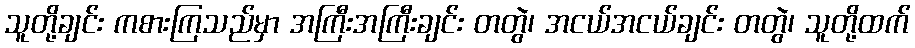
သူတို့ချင်း ကစားကြသည်မှာ အကြီးအကြီးချင်း တတွဲ၊ အငယ်အငယ်ချင်း တတွဲ၊ သူတို့ထက်